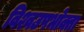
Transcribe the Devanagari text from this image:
विश्वउपभोक्ता